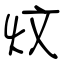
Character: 炆